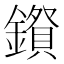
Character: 𮣅